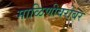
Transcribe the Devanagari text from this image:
माळिणीबरोबर